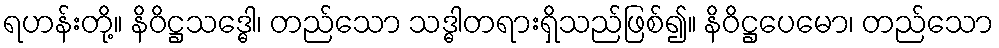
ရဟန်းတို့။ နိဝိဋ္ဌသဒ္ဓေါ၊ တည်သော သဒ္ဓါတရားရှိသည်ဖြစ်၍။ နိဝိဋ္ဌပေမော၊ တည်သော